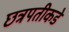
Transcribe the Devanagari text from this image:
छत्रपतीकडे